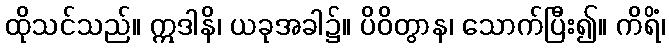
ထိုသင်သည်။ ဣဒါနိ၊ ယခုအခါ၌။ ပိဝိတွာန၊ သောက်ပြီး၍။ ကိရိံ၊